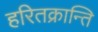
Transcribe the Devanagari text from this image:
हरितक्रान्ति